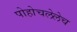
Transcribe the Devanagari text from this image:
पोहोचलेलेच